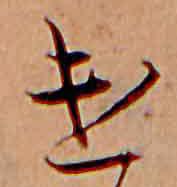
け